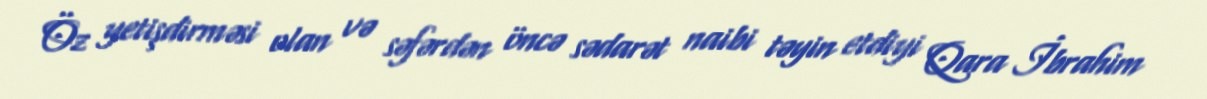
Öz yetişdirməsi olan və səfərdən öncə sədarət naibi təyin etdiyi Qara İbrahim